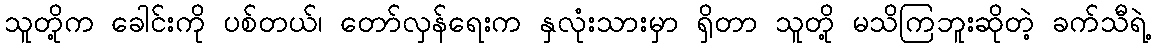
သူတို့က ခေါင်းကို ပစ်တယ်၊ တော်လှန်ရေးက နှလုံးသားမှာ ရှိတာ သူတို့ မသိကြဘူးဆိုတဲ့ ခက်သီရဲ့